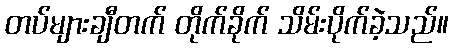
တပ်များချီတက် တိုက်ခိုက် သိမ်းပိုက်ခဲ့သည်။